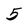
Character: 5